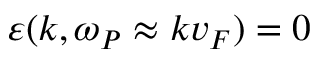
\varepsilon ( k , \omega _ { P } \approx k v _ { F } ) = 0